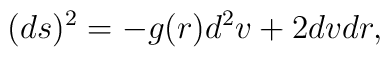
(ds)^2 = - g(r) d^2 v + 2 dv dr,